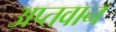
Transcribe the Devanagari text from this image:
अप्तवान